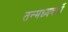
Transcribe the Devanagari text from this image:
तन्मध्यवर्ती